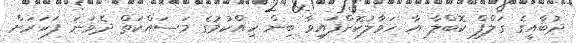
ދުބާއީގެ ގަލްފް ކޮބްލާ އާ ހަވާލުކޮށްފައިވާ ބިން ހިއްކުމުގެ މަސައްކަތް ދެވަނަ ފަހަރަށް